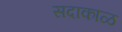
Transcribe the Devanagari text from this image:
सदाकाळ